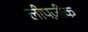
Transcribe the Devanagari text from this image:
लीपज़ीक